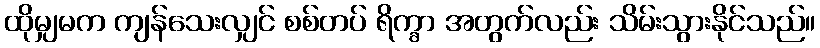
ထိုမျှမက ကျန်သေးလျှင် စစ်တပ် ရိက္ခာ အတွက်လည်း သိမ်းသွားနိုင်သည်။